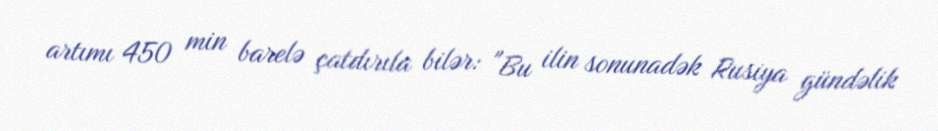
artımı 450 min barelə çatdırıla bilər: "Bu ilin sonunadək Rusiya gündəlik